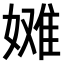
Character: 𫱞